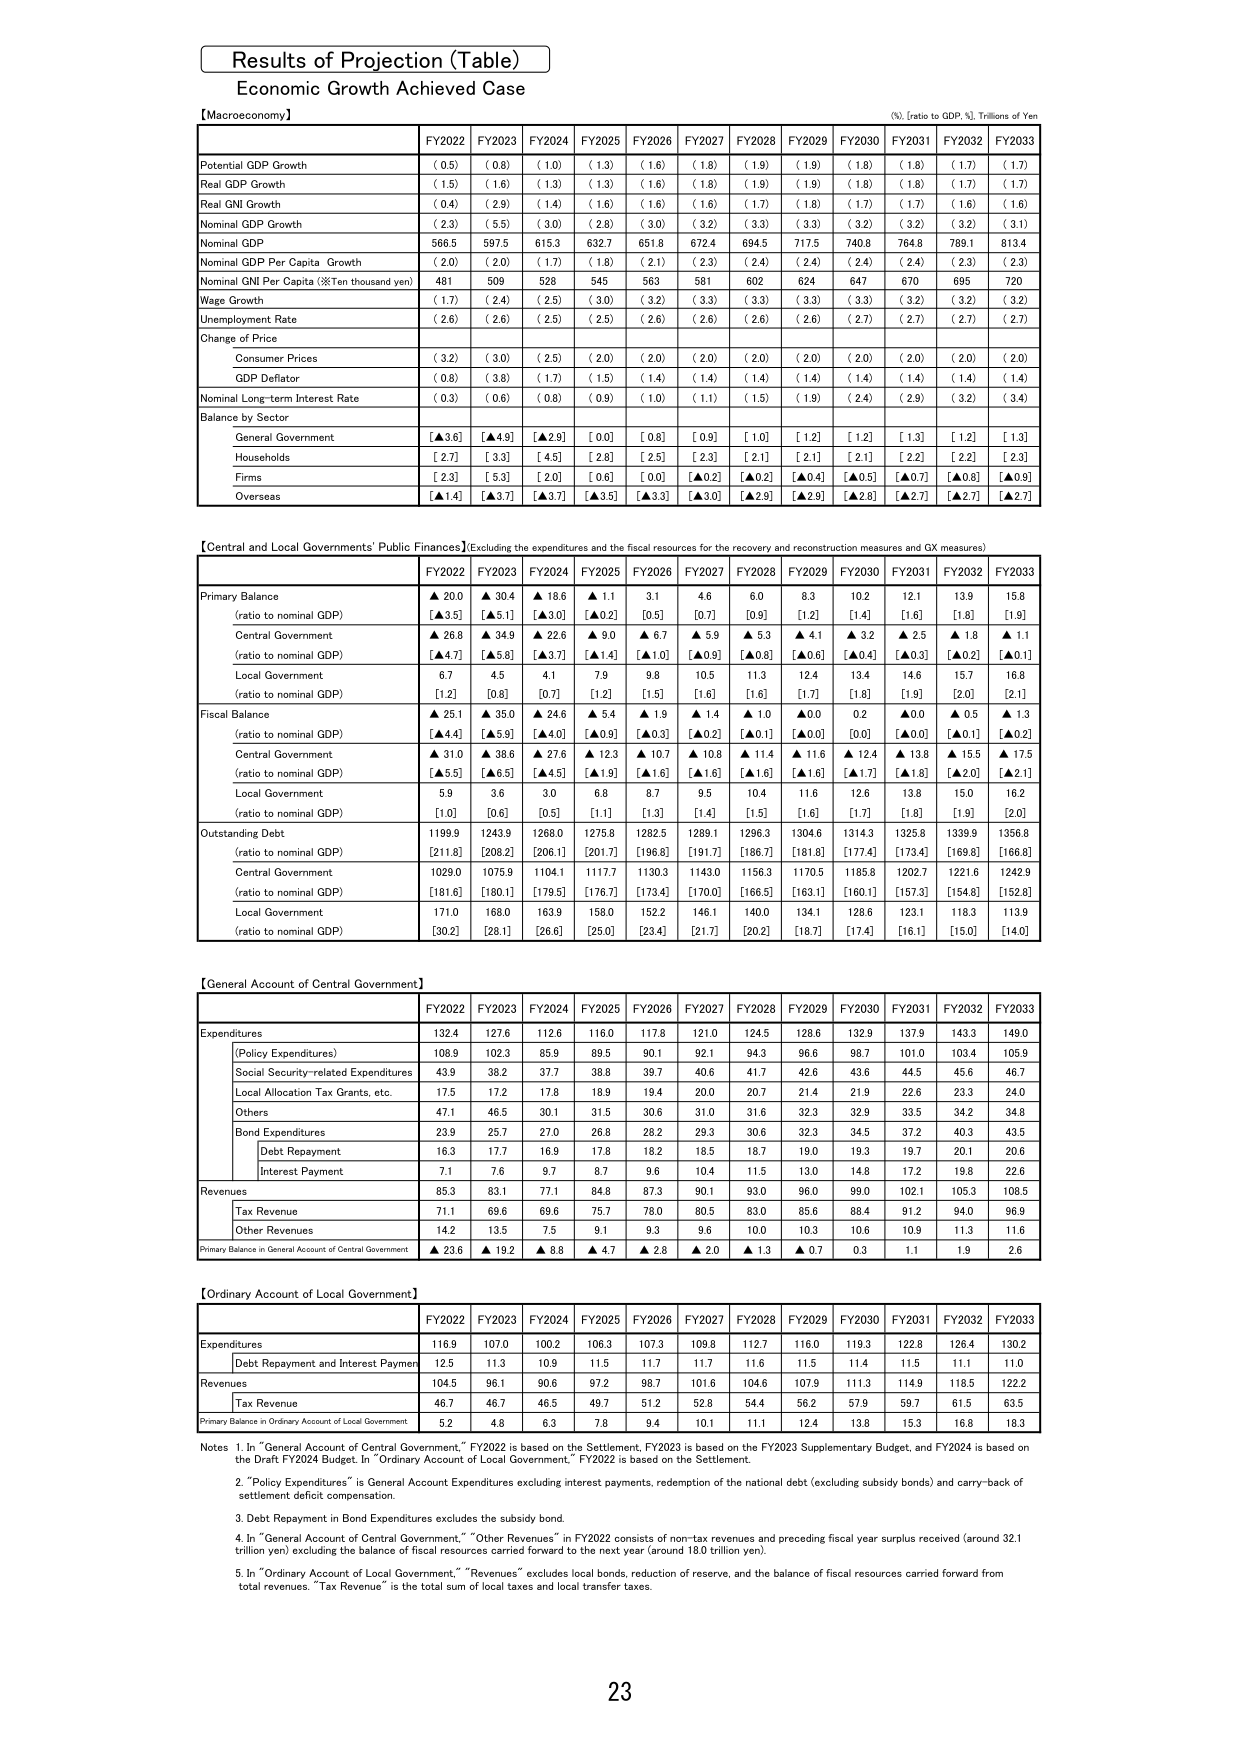
Results of Projection (Table)
Economic Growth Achieved Case

【Macroeconomy】
(%, [ratio to GDP, %], Trillions of Yen)
FY2022 FY2023 FY2024 FY2025 FY2026 FY2027 FY2028 FY2029 FY2030 FY2031 FY2032 FY2033
Potential GDP Growth (0.5) (0.8) (1.0) (1.3) (1.6) (1.8) (1.9) (1.9) (1.8) (1.8) (1.7) (1.7)
Real GDP Growth (1.5) (1.6) (1.3) (1.3) (1.6) (1.8) (1.9) (1.9) (1.8) (1.8) (1.7) (1.7)
Real GNI Growth (0.4) (2.9) (1.4) (1.6) (1.6) (1.6) (1.7) (1.8) (1.7) (1.7) (1.6) (1.6)
Nominal GDP Growth (2.3) (5.5) (3.0) (2.8) (3.0) (3.2) (3.3) (3.3) (3.2) (3.2) (3.2) (3.1)
Nominal GDP 566.5 597.5 615.3 632.7 651.8 672.4 694.5 717.5 740.8 764.8 789.1 813.4
Nominal GDP Per Capita Growth (2.0) (2.0) (1.7) (1.8) (2.1) (2.3) (2.4) (2.4) (2.4) (2.4) (2.3) (2.3)
Nominal GNI Per Capita (※Ten thousand yen) 481 509 528 545 563 581 602 624 647 670 695 720
Wage Growth (1.7) (2.4) (2.5) (3.0) (3.2) (3.3) (3.3) (3.3) (3.3) (3.2) (3.2) (3.2)
Unemployment Rate (2.6) (2.6) (2.5) (2.5) (2.6) (2.6) (2.6) (2.6) (2.7) (2.7) (2.7) (2.7)
Change of Price
Consumer Prices (3.2) (3.0) (2.5) (2.0) (2.0) (2.0) (2.0) (2.0) (2.0) (2.0) (2.0) (2.0)
GDP Deflator (0.8) (3.8) (1.7) (1.5) (1.4) (1.4) (1.4) (1.4) (1.4) (1.4) (1.4) (1.4)
Nominal Long-term Interest Rate (0.3) (0.6) (0.8) (0.9) (1.0) (1.1) (1.5) (1.9) (2.4) (2.9) (3.2) (3.4)
Balance by Sector
General Government [▲3.6] [▲4.9] [▲2.9] [0.0] [0.8] [1.0] [1.2] [1.2] [1.3] [1.2] [1.3]
Households [2.7] [3.3] [4.5] [2.8] [2.5] [2.3] [2.1] [2.1] [2.2] [2.2] [2.2] [2.3]
Firms [2.3] [5.3] [2.0] [0.6] [0.0] [▲0.2] [▲0.4] [▲0.5] [▲0.7] [▲0.8] [▲0.9]
Overseas [▲1.4] [▲3.7] [▲3.7] [▲3.5] [▲3.3] [▲3.0] [▲2.9] [▲2.8] [▲2.7] [▲2.7] [▲2.7]

【Central and Local Governments' Public Finances】(Excluding the expenditures and the fiscal resources for the recovery and reconstruction measures and GX measures)
FY2022 FY2023 FY2024 FY2025 FY2026 FY2027 FY2028 FY2029 FY2030 FY2031 FY2032 FY2033
Primary Balance
(ratio to nominal GDP)
▲20.0 ▲30.4 ▲18.6 ▲1.1 3.1 4.6 6.0 8.3 10.2 12.1 13.9 15.8
[▲3.5] [▲5.1] [▲3.0] [▲0.2] [0.5] [0.7] [0.9] [1.2] [1.4] [1.6] [1.8] [1.9]
Central Government
(ratio to nominal GDP)
▲26.8 ▲34.9 ▲22.6 ▲9.0 ▲6.7 ▲5.9 ▲5.3 ▲4.1 ▲3.2 ▲2.5 ▲1.8 ▲1.1
[▲4.7] [▲5.8] [▲3.7] [▲1.4] [▲1.0] [▲0.9] [▲0.8] [▲0.6] [▲0.4] [▲0.3] [▲0.2] [▲0.1]
Local Government
(ratio to nominal GDP)
6.7 4.5 4.1 7.9 9.8 10.5 11.3 12.4 13.4 14.6 15.7 16.8
[1.2] [0.8] [0.7] [1.2] [1.5] [1.6] [1.6] [1.7] [1.8] [1.9] [2.0] [2.1]
Fiscal Balance
(ratio to nominal GDP)
▲25.1 ▲35.0 ▲24.6 ▲5.4 ▲1.9 ▲1.4 ▲1.0 ▲0.0 0.2 ▲0.0 ▲0.5 ▲1.3
[▲4.4] [▲5.9] [▲4.0] [▲0.9] [▲0.3] [▲0.2] [▲0.1] [▲0.0] [0.0] [▲0.0] [▲0.1] [▲0.2]
Central Government
(ratio to nominal GDP)
▲31.0 ▲38.6 ▲27.6 ▲12.3 ▲10.7 ▲10.8 ▲11.4 ▲11.6 ▲12.4 ▲13.8 ▲15.5 ▲17.5
[▲5.5] [▲6.5] [▲4.5] [▲1.9] [▲1.6] [▲1.6] [▲1.6] [▲1.6] [▲1.7] [▲1.8] [▲2.0] [▲2.1]
Local Government
(ratio to nominal GDP)
5.9 3.6 3.0 6.8 8.7 9.5 10.4 11.6 12.6 13.8 15.0 16.2
[1.0] [0.6] [0.5] [1.1] [1.3] [1.4] [1.5] [1.6] [1.7] [1.8] [1.9] [2.0]
Outstanding Debt
(ratio to nominal GDP)
1199.9 1243.9 1268.0 1275.8 1282.5 1289.1 1296.3 1304.6 1314.3 1325.8 1339.9 1356.8
[211.8] [208.2] [206.1] [201.7] [196.8] [191.7] [186.7] [181.8] [177.4] [173.4] [169.8] [166.8]
Central Government
(ratio to nominal GDP)
1029.0 1075.9 1104.1 1117.7 1130.3 1143.0 1156.3 1170.5 1185.8 1202.7 1221.6 1242.9
[181.6] [180.1] [179.5] [176.7] [173.4] [170.0] [166.5] [163.1] [160.1] [157.3] [154.8] [152.8]
Local Government
(ratio to nominal GDP)
171.0 168.0 163.9 158.0 152.2 146.1 140.0 134.1 128.6 123.1 118.3 113.9
[30.2] [28.1] [26.6] [25.0] [23.4] [21.7] [20.2] [18.7] [17.4] [16.1] [15.0] [14.0]

【General Account of Central Government】
FY2022 FY2023 FY2024 FY2025 FY2026 FY2027 FY2028 FY2029 FY2030 FY2031 FY2032 FY2033
Expenditures 132.4 127.6 112.6 116.0 117.8 121.0 124.5 128.6 132.9 137.9 143.3 149.0
(Policy Expenditures) 108.9 102.3 85.9 89.5 90.1 92.1 94.3 96.6 98.7 101.0 103.4 105.9
Social Security-related Expenditures 43.9 38.2 37.7 38.8 39.7 40.6 41.7 42.6 43.6 44.5 45.6 46.7
Local Allocation Tax Grants, etc. 17.5 17.2 17.8 18.9 19.4 20.0 20.7 21.4 21.9 22.6 23.3 24.0
Others 47.1 46.5 30.1 31.5 30.6 31.0 31.6 32.3 32.9 33.5 34.2 34.8
Bond Expenditures 23.9 25.7 27.0 26.8 28.2 29.3 30.6 32.3 34.5 37.2 40.3 43.5
Debt Repayment 16.3 17.7 16.9 17.8 18.2 18.5 18.7 19.0 19.3 19.7 20.1 20.6
Interest Payment 7.1 7.6 9.7 8.7 9.6 10.4 11.5 13.0 14.8 17.2 19.8 22.6
Revenues 85.3 83.1 77.1 84.8 87.3 90.1 93.0 96.0 99.0 102.1 105.3 108.5
Tax Revenue 71.1 69.6 69.6 75.7 78.0 80.5 83.0 85.6 88.4 91.2 94.0 96.9
Other Revenues 14.2 13.5 7.5 9.1 9.3 9.6 10.0 10.3 10.6 10.9 11.3 11.6
Primary Balance in General Account of Central Government ▲23.6 ▲19.2 ▲8.8 ▲4.7 ▲2.8 ▲2.0 ▲1.3 ▲0.7 0.3 1.1 1.9 2.6

【Ordinary Account of Local Government】
FY2022 FY2023 FY2024 FY2025 FY2026 FY2027 FY2028 FY2029 FY2030 FY2031 FY2032 FY2033
Expenditures 116.9 107.0 100.2 106.3 107.3 109.8 112.7 116.0 119.3 122.8 126.4 130.2
Debt Repayment and Interest Payment 12.5 11.3 10.9 11.5 11.7 11.7 11.6 11.5 11.4 11.5 11.1 11.0
Revenues 104.5 96.1 90.6 97.2 98.7 101.6 104.6 107.9 111.3 114.9 118.5 122.2
Tax Revenue 46.7 46.7 46.5 49.7 51.2 52.8 54.4 56.2 57.9 59.7 61.5 63.5
Primary Balance in Ordinary Account of Local Government 5.2 4.8 6.3 7.8 9.4 10.1 11.1 12.4 13.8 15.3 16.8 18.3

Notes
1. In "General Account of Central Government," FY2022 is based on the Settlement, FY2023 is based on the FY2023 Supplementary Budget, and FY2024 is based on the Draft FY2024 Budget. In "Ordinary Account of Local Government," FY2022 is based on the Settlement.
2. "Policy Expenditures" is General Account Expenditures excluding interest payments, redemption of the national debt (excluding subsidy bonds) and carry-back of settlement deficit compensation.
3. Debt Repayment in Bond Expenditures excludes the subsidy bond.
4. In "General Account of Central Government," "Other Revenues" in FY2022 consists of non-tax revenues and preceding fiscal year surplus received (around 32.1 trillion yen) excluding the balance of fiscal resources carried forward to the next year (around 18.0 trillion yen).
5. In "Ordinary Account of Local Government," "Revenues" excludes local bonds, reduction of reserve, and the balance of fiscal resources carried forward from total revenues. "Tax Revenue" is the total sum of local taxes and local transfer taxes.

23